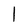
Character: I